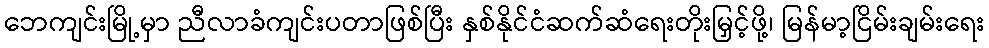
ဘေကျင်းမြို့မှာ ညီလာခံကျင်းပတာဖြစ်ပြီး နှစ်နိုင်ငံဆက်ဆံရေးတိုးမြှင့်ဖို့၊ မြန်မာ့ငြိမ်းချမ်းရေး